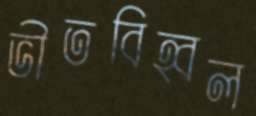
ভীতবিহ্বল